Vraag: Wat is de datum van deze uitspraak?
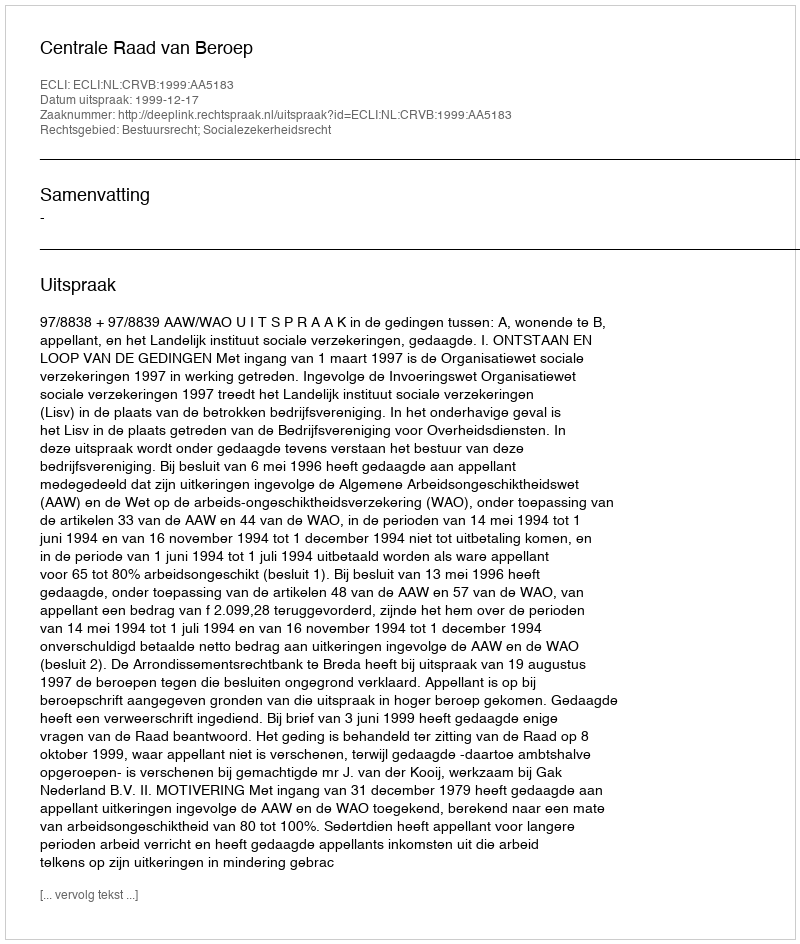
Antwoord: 1999-12-17